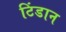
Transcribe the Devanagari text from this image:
टिंडान